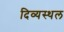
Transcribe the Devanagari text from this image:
दिव्यस्थल